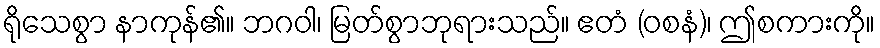
ရိုသေစွာ နာကုန်၏။ ဘဂဝါ၊ မြတ်စွာဘုရားသည်။ ဧတံ (ဝစနံ)၊ ဤစကားကို။